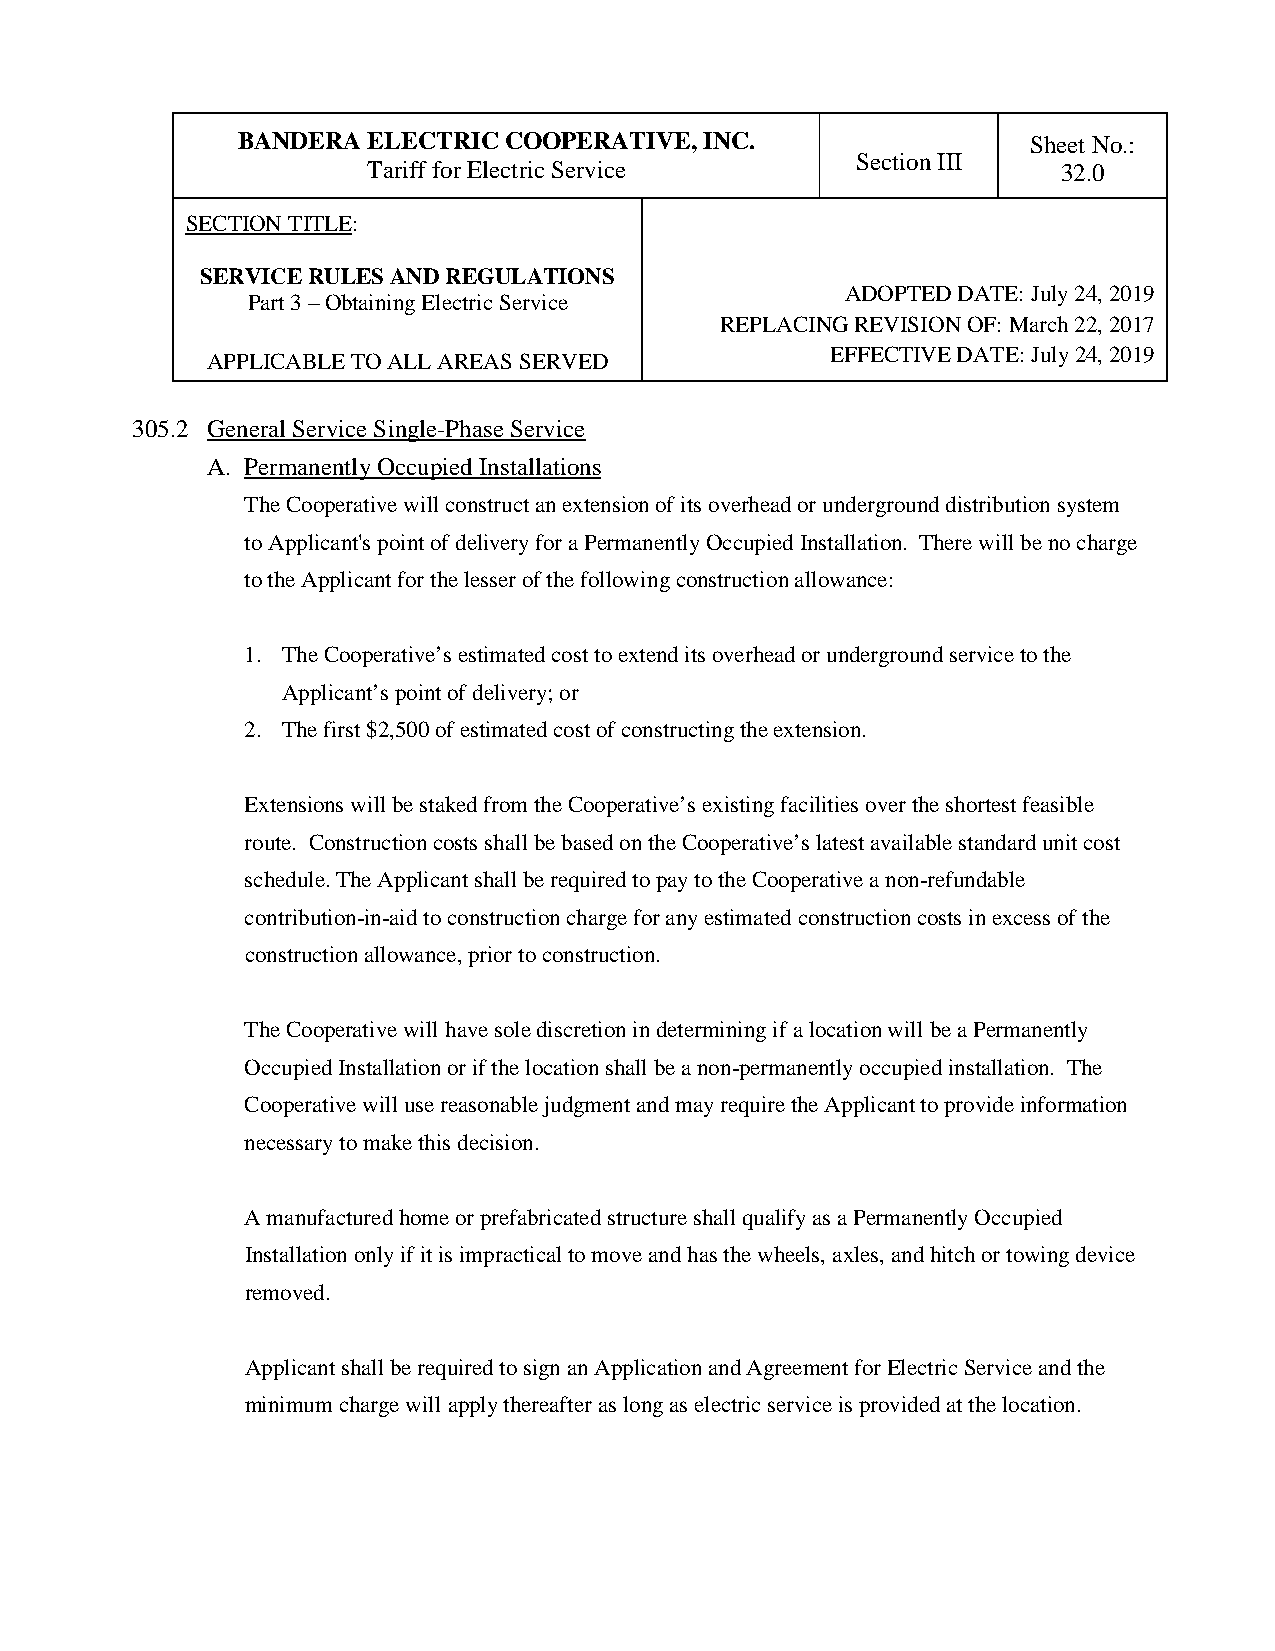
BANDERA ELECTRIC COOPERATIVE,  INC.                 Sheet No.:
 Section III
 Tariff for Electric Service                   32.0
 SECTION TITLE:
 SERVICE RULES AND REGULATIONS
 ADOPTED DATE: July 24, 2019
 Part 3 – Obtaining Electric Service
 REPLACING REVISION OF: March 22, 2017
 EFFECTIVE DATE: July 24, 2019
 APPLICABLE TO ALL AREAS SERVED
 305.2 General Service Single-Phase Service
 A. Permanently Occupied Installations
 The Cooperative will construct an extension of its overhead or underground distribution system
 to Applicant's point of delivery for a Permanently Occupied Installation. There will be no charge
 to the Applicant for the lesser of the following construction allowance:
 1. The Cooperative’s estimated cost to extend its overhead or underground service to the
 Applicant’s point of delivery; or
 2. The first $2,500 of estimated cost of constructing the extension.
 Extensions will be staked from the Cooperative’s existing facilities over the shortest feasible
 route. Construction costs shall be based on the Cooperative’s latest available standard unit cost
 schedule. The Applicant shall be required to pay to the Cooperative a non-refundable
 contribution-in-aid to construction charge for any estimated construction costs in excess of the
 construction allowance, prior to construction.
 The Cooperative will have sole discretion in determining if a location will be a Permanently
 Occupied Installation or if the location shall be a non-permanently occupied installation. The
 Cooperative will use reasonable judgment and may require the Applicant to provide information
 necessary to make this decision.
 A manufactured home or prefabricated structure shall qualify as a Permanently Occupied
 Installation only if it is impractical to move and has the wheels, axles, and hitch or towing device
 removed.
 Applicant shall be required to sign an Application and Agreement for Electric Service and the
 minimum charge will apply thereafter as long as electric service is provided at the location.